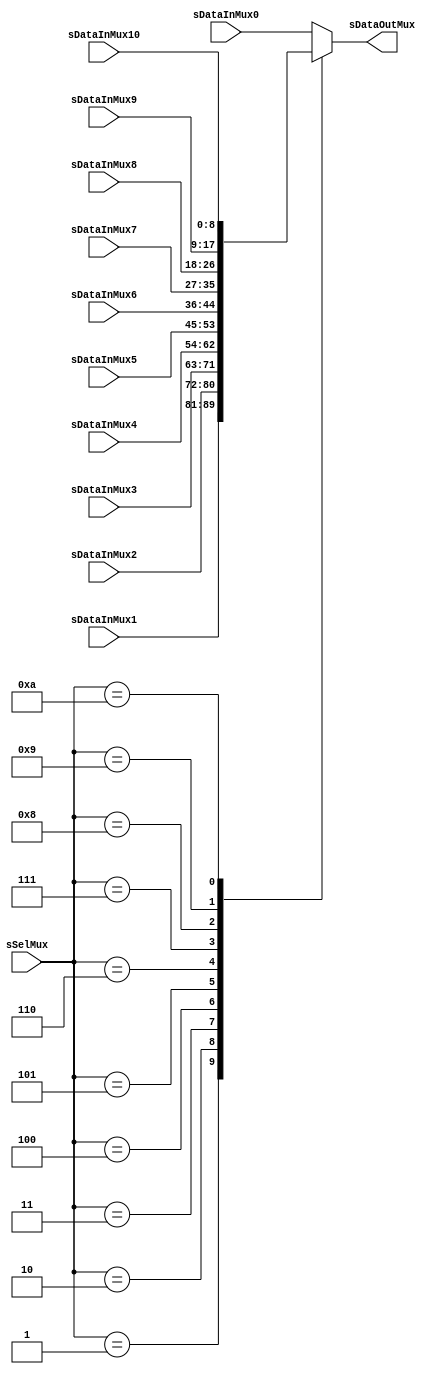
//---------------------------------------------------------------------------
// SharkBoad ExampleModule
// Fredy Segura Q.
// Josnelihurt Rodriguez Barajas
// fsegura@uniandes.edu.co
// j.rodriguez52@uniandes.edu.co
// Top Level Design for the Xilinx Spartan 3-100E Device
//---------------------------------------------------------------------------

/*#
# SharkBoad
# Copyright (C) 2012 Bogot, Colombia
#
# This program is free software: you can redistribute it and/or modify
# it under the terms of the GNU General Public License as published by
# the Free Software Foundation, version 3 of the License.
#
# This program is distributed in the hope that it will be useful,
# but WITHOUT ANY WARRANTY; without even the implied warranty of
# MERCHANTABILITY or FITNESS FOR A PARTICULAR PURPOSE.  See the
# GNU General Public License for more details.
#
# You should have received a copy of the GNU General Public License
# along with this program.  If not, see <http://www.gnu.org/licenses/>.
#*/

module multiplexor #(
	parameter SELECTION = 4,		//NUMBER OF SELECTION BITS
	parameter DATAWIDTH = 9
	)
	(
	input 			[DATAWIDTH-1:0]		sDataInMux0,sDataInMux1,sDataInMux2,sDataInMux3,sDataInMux4,sDataInMux5,sDataInMux6,sDataInMux7,sDataInMux8,sDataInMux9,sDataInMux10,
	input			[SELECTION-1:0] 	sSelMux,
	output reg		[DATAWIDTH-1:0] 	sDataOutMux
	);
	always@(*)
	begin
	case (sSelMux)	
	// Example to more outputs: WaitStart: begin sResetCounter = 0; sCuenteUP = 0; end
		4'b0000: sDataOutMux = sDataInMux0; 
		4'b0001: sDataOutMux = sDataInMux1;//R0
		4'b0010: sDataOutMux = sDataInMux2;//R1
		4'b0011: sDataOutMux = sDataInMux3;//R2
		4'b0100: sDataOutMux = sDataInMux4;//R3
		4'b0101: sDataOutMux = sDataInMux5;//R4
		4'b0110: sDataOutMux = sDataInMux6;//RP0
		4'b0111: sDataOutMux = sDataInMux7;//RP1
		4'b1000: sDataOutMux = sDataInMux8;//RP2
		4'b1001: sDataOutMux = sDataInMux9;//RP3
		4'b1010: sDataOutMux = sDataInMux10;//RP4
		default :   sDataOutMux = sDataInMux0; // channel 0 is selected 
		endcase
end
endmodule